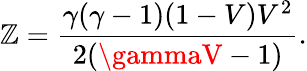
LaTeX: \mathbb{Z}={\frac{{\gamma(\gamma-1)(1-V)V^{2}}}{{2(\gammaV-1)}}}.